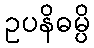
ဥပနိဓမ္ပိ